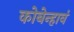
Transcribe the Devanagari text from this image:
कोबेन्हावं